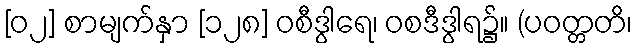
[၀၂] စာမျက်နှာ [၁၂၈] ဝစီဒွါရေ၊ ဝစဒီဒွါရ၌။ (ပဝတ္တတိ၊